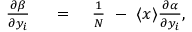
\begin{array} { r l r } { { \frac { \partial \beta } { \partial { y } _ { i } } } } & { { } \ = \ } & { { \frac { 1 } { N } } \ - \ \langle { x } \rangle { \frac { \partial \alpha } { \partial { y } _ { i } } } , } \end{array}